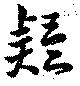
疑